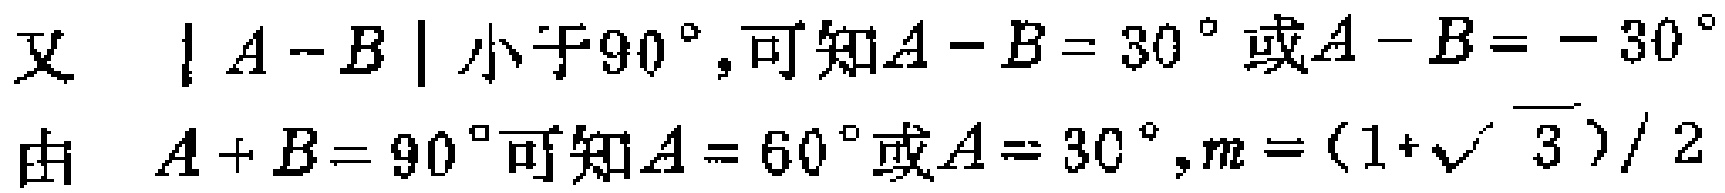
又 \(|A - B|\) 小于 \(90^{\circ}\),可知\(A - B = 30^{\circ}\)或\(A - B = - 30^{\circ}\)
由 \(A + B = 90^{\circ}\)可知\(A = 60^{\circ}\)或\(A = 30^{\circ},m = (1 + \sqrt{3})/2\)